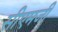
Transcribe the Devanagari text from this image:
सीएमजी